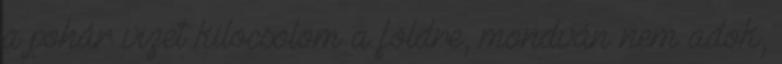
a pohár vizet kilocsolom a földre, mondván nem adok,